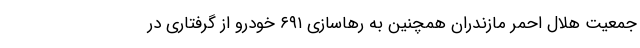
جمعیت هلال احمر مازندران همچنین به رهاسازی ۶۹۱ خودرو از گرفتاری در